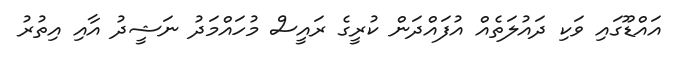
އައްޑޫގައި ވަކި ދައުލަތެއް އުފައްދަން ކުރީގެ ރައީސް މުހައްމަދު ނަޝީދު އާއި އިތުރު